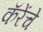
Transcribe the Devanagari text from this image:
कॅरेंचे